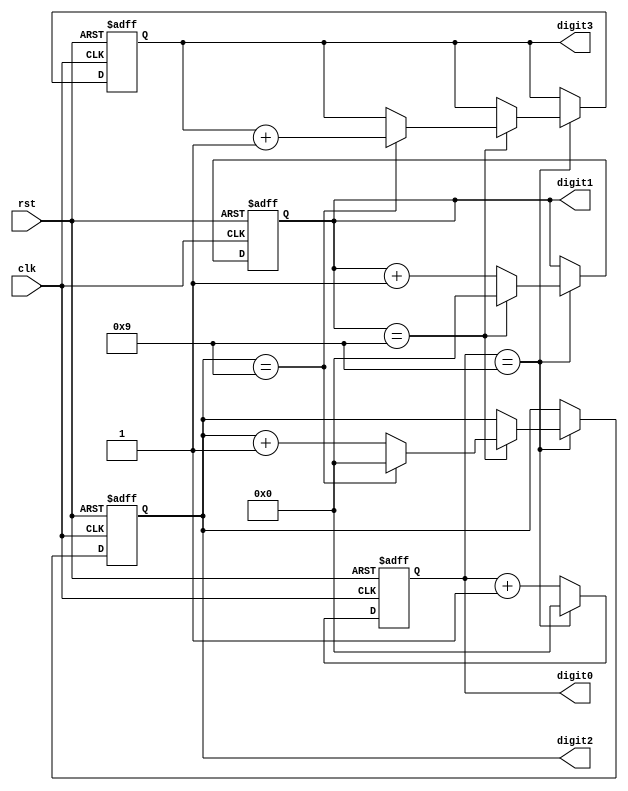
module BCD_Counter (
  input wire clk,    // Clock input
  input wire rst,    // Reset input
  output reg [3:0] digit3, // BCD digit 3 output
  output reg [3:0] digit2, // BCD digit 2 output
  output reg [3:0] digit1, // BCD digit 1 output
  output reg [3:0] digit0  // BCD digit 0 output
);

reg [3:0] count [3:0]; // BCD counter for each digit

always @(posedge clk or posedge rst) begin
  if (rst) begin
    // Reset counter to 0
    count[3] <= 4'b0000;
    count[2] <= 4'b0000;
    count[1] <= 4'b0000;
    count[0] <= 4'b0000;
  end else begin
    // Increment counter by 1
    if (count[0] == 4'b1001) begin
      count[0] <= 4'b0000;
      if (count[1] == 4'b1001) begin
        count[1] <= 4'b0000;
        if (count[2] == 4'b1001) begin
          count[2] <= 4'b0000;
          count[3] <= count[3] + 1;
        end else begin
          count[2] <= count[2] + 1;
        end
      end else begin
        count[1] <= count[1] + 1;
      end
    end else begin
      count[0] <= count[0] + 1;
    end
  end
end

assign digit3 = count[3];
assign digit2 = count[2];
assign digit1 = count[1];
assign digit0 = count[0];

endmodule